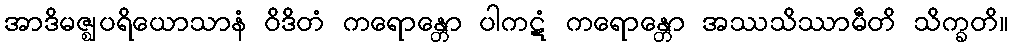
အာဒိမဇ္ဈပရိယောသာနံ ဝိဒိတံ ကရောန္တော ပါကဋံ ကရောန္တော အဿသိဿာမီတိ သိက္ခတိ။